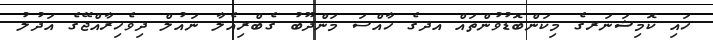
ހައި ކޮމިޝަނަރގެ މިކަންބޮޑުވުންތައް އދގެ ހާއްސަ މަންދޫބު ގެބްރިއެލާ ނައުލް ދިވެހިރާއްޖޭގެ އަދުލު